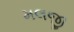
મલજી